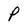
Character: P